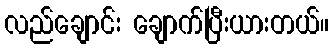
လည်ချောင်း ချောက်ပြီးယားတယ်။